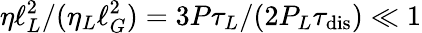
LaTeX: {\eta\ell_{L}^{2}/(\eta_{L}\ell_{G}^{2})=3P\tau_{L}/(2P_{L}\tau_{\mathrm{{dis}}})\ll 1}